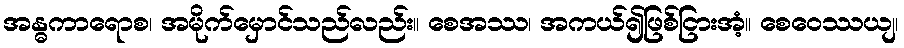
အန္ဓကာရောစ၊ အမိုက်မှောင်သည်လည်း။ စေအဿ၊ အကယ်၍ဖြစ်ငြားအံ့။ စေဝေဿယျ၊